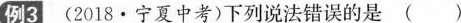
例3 （2018•宁夏中考)下列说法错误的是（）